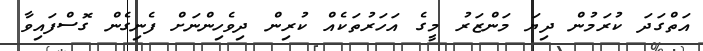
އަތްގަދަ ކުރަމުން ދިޔަ މަންޒަރު މީގެ އަހަރުތަކެއް ކުރިން ދިވެހިންނަށް ފެނިގެން ގޮސްފައިވާ